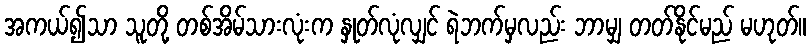
အကယ်၍သာ သူတို့ တစ်အိမ်သားလုံးက နှုတ်လုံလျှင် ရဲဘက်မှလည်း ဘာမျှ တတ်နိုင်မည် မဟုတ်။